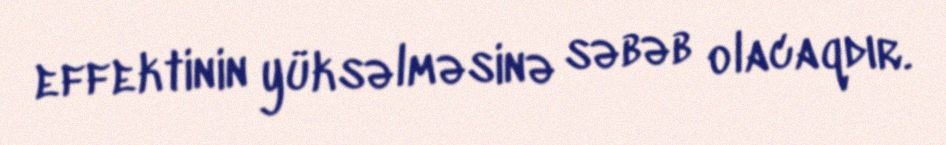
effektinin yüksəlməsinə səbəb olacaqdır.